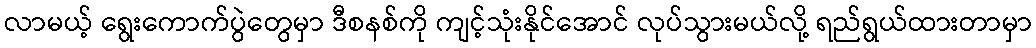
လာမယ့် ရွေးကောက်ပွဲတွေမှာ ဒီစနစ်ကို ကျင့်သုံးနိုင်အောင် လုပ်သွားမယ်လို့ ရည်ရွယ်ထားတာမှာ